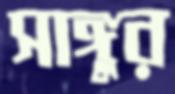
সাঙ্গুর